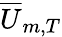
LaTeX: {\overline{{U}}_{m,T}}